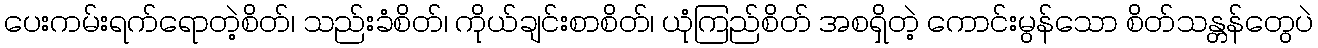
ပေးကမ်းရက်ရောတဲ့စိတ်၊ သည်းခံစိတ်၊ ကိုယ်ချင်းစာစိတ်၊ ယုံကြည်စိတ် အစရှိတဲ့ ကောင်းမွန်သော စိတ်သန္တန်တွေပဲ